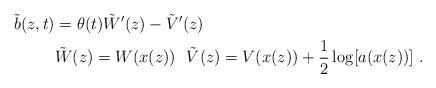
LaTeX: \begin{align*} \tilde{b}(z,t) &= \theta(t)\tilde{W}'(z)-\tilde{V}'(z) \\&\tilde{W}(z)= W(x(z)) \ \ \tilde{V}(z)= V(x(z))+\frac{1}{2}\log[ a(x(z))] \ . \end{align*}